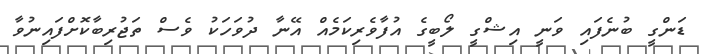
ޑަންގީ ބުނެފައި ވަނީ އިޝްގީ ލޯބީގެ އުފާވެރިކަމެއް އޭނާ ދުވަހަކު ވެސް ތަޖުރިބާކޮށްފައިނުވާ